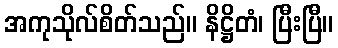
အကုသိုလ်စိတ်သည်။ နိဋ္ဌိတံ၊ ပြီးပြီ။